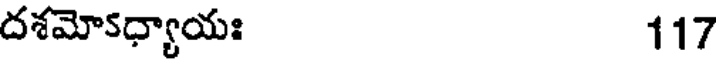
దశమోకధ్యాయః 117